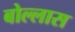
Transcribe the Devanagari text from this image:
बोल्लास